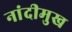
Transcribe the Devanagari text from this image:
नांदीमुख